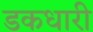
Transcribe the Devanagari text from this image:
डकधारी